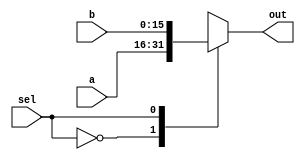
module mux2 #(parameter WIDTH=16)(
  input [WIDTH-1:0] a,
  input [WIDTH-1:0] b,
  input sel,
  output reg   [WIDTH-1:0] out);
  
  always @(*)
  begin
    case(sel)
      1'b0 : out=a;
      1'b1 : out=b;
      default : out= 16'hxxxx;
    endcase
  end
  
endmodule